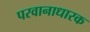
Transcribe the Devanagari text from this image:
परवानाधारक